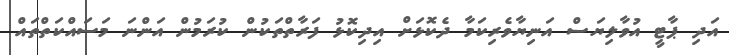
އަދި ޕާޓީ އުވާލިޔަސް އަނިޔާވެރިކަމާ ދެކޮޅަށް އިދިކޮޅު ފަރާތްތަކުން ކުރަމުން އަންނަ މަސައްކަތްތައް